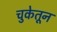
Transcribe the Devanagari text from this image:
चुकेतून